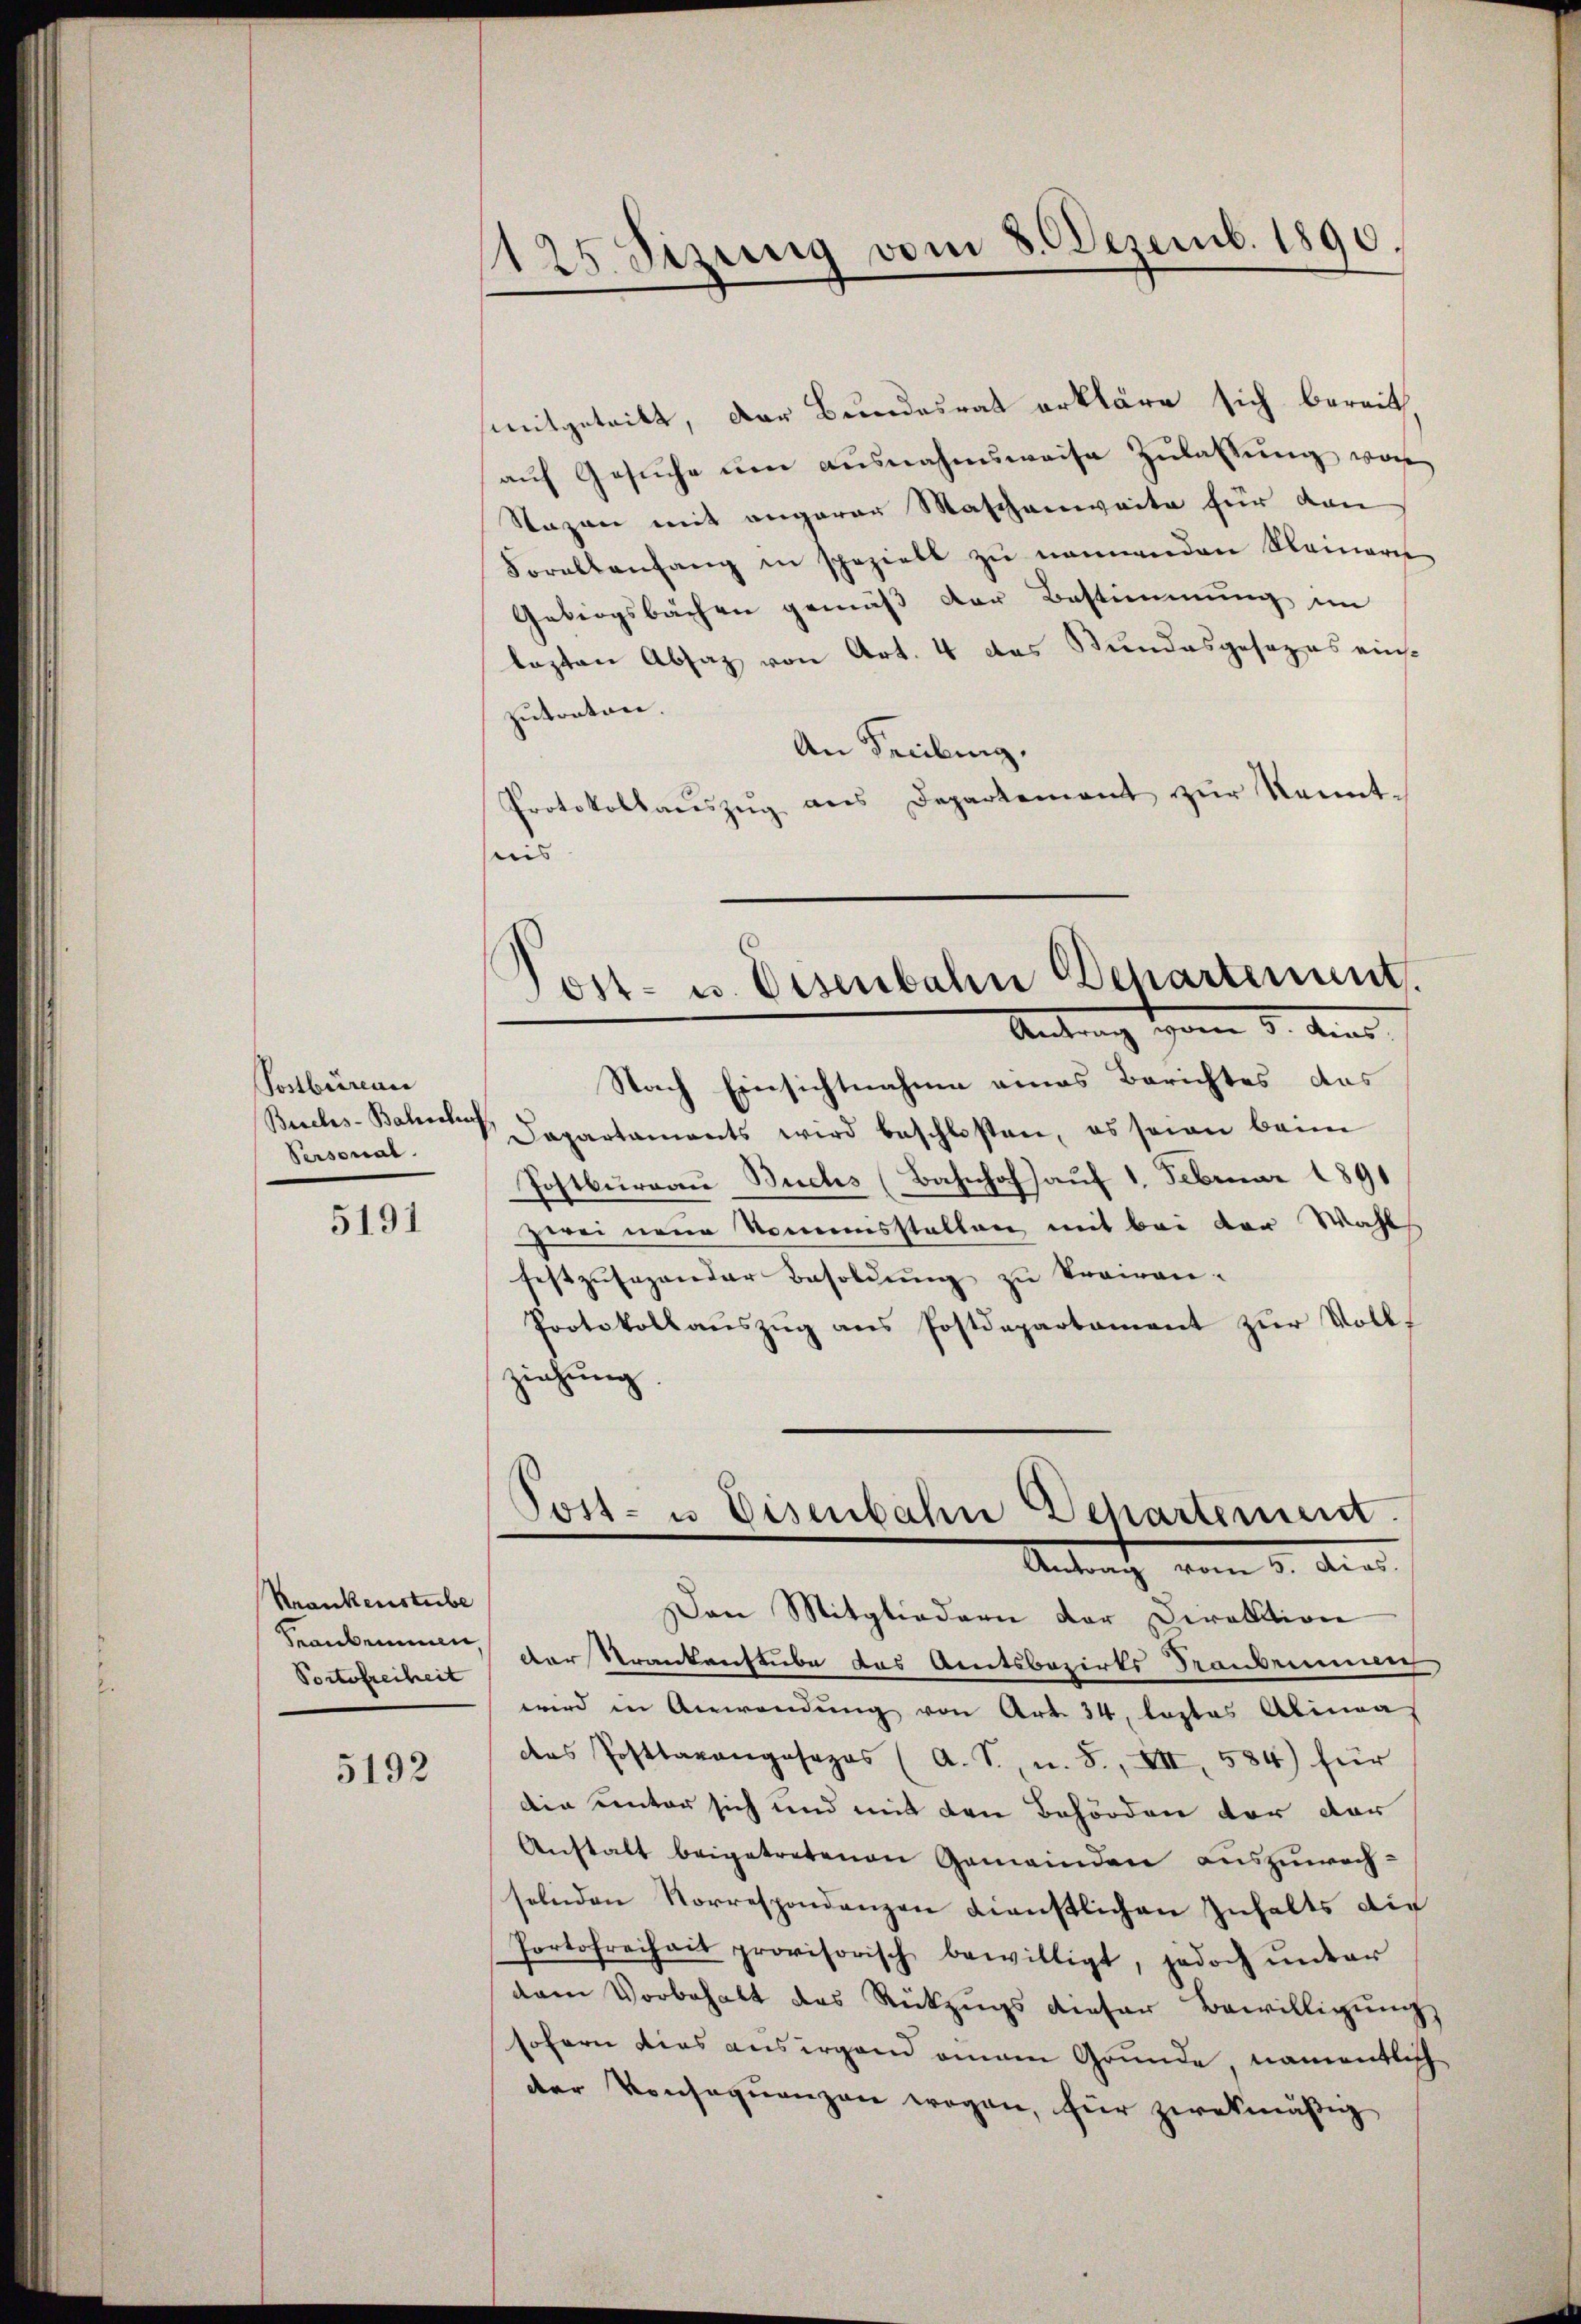
Postbüreau
Buchs-Bahnhof
Personal.

5191

Krankenstube
Reanbeinen
Portofreiheit

5192

125. Sizung vom 8. Dezemb. 1890.

mitgetritt, der Bundesrat erkläre sich bereit,
aŭf Gesŭche um ausnahmsweise Zulassung von
Sazen mit angerer Maschenweite für den
Foralbanfang in spezielt zŭ nennenden Kleinern
Gebirgsbächen gemäß der Bestimmung im
lasten Absaz von Art. 4 das Bundesgesezes einzutreten.
An Freibung.
Protokollaŭszŭg ans Departement zŭr Kennt-
sweis |

Post- u. Eisenbahn Departement.
Antrag vom 8. Aug.

Nach Einsichtnahme eines Berichtes das
Dapartaments wird beschlossen, es seien beim
Postburgau Buchs (Bahnhof auf 1. Februar 1891
zwei neue Nomesstellen mit bei der Wahl
festzusagender Besoldung zu Promen.
Protokollauszug aus Postdepartament zur Vollziehung.

Post- u. Eisenbahn Departement.
Antrag vom 5. dias.

Den Mitgliedern der Direktion
der Trankenstube das Amtsbezirks Tranbrunnec
wird in Anwendŭng von Art. 34. Lastas Alinea
des Posttrangosapas (A. S. u. S., XII, 584) für
die unter sich und mit den Behörden vor der
Anstalt beigetretenen Gemeinden auszuwech-
selnden Korrespondenzen dienstlichen Inhalts die
Portofreihait provisorisch bewilligt, jedoch ŭnter
dam Vorbehalt des Rückzŭgs dieser Bewilligŭng
sofern dies aus irgend einen Grunde namentlich
der Konsequenzen wegen, für zwekmäßig